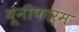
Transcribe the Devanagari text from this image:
यूनीफार्म